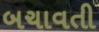
બચાવતી